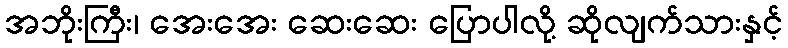
အဘိုးကြီး၊ အေးအေး ဆေးဆေး ပြောပါလို့ ဆိုလျက်သားနှင့်